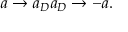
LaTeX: a \rightarrow a _ { D } a _ { D } \rightarrow - a .